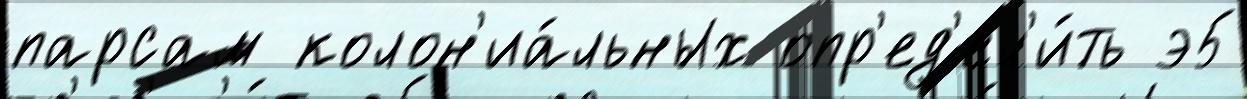
парсам колон'иа́льных опр'ед'ел'и́ть э5